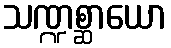
သဏ္ဍစ္ဆာယော